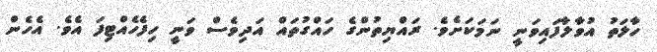
ހާލަތު އުވާލާފައިވަނީ ނަމަކަށެވެ. ރައްޔިތުންގެ ހައްގުތައް އަދިވެސް ވަނީ ހިފެހެއްޓިފަ އެވެ. އެހެން